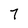
Character: 7